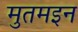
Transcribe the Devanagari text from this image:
मुतमइन